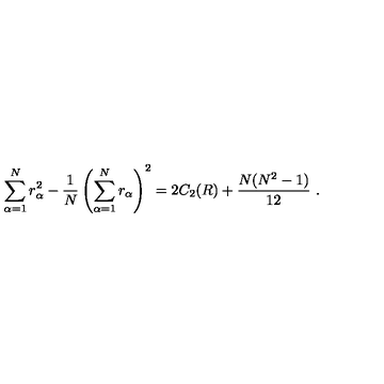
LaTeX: \sum _ { \alpha = 1 } ^ { N } r _ { \alpha } ^ { 2 } - \frac { 1 } { N } \left( \sum _ { \alpha = 1 } ^ { N } r _ { \alpha } \right) ^ { 2 } = 2 C _ { 2 } ( R ) + \frac { N ( N ^ { 2 } - 1 ) } { 1 2 } \ .